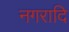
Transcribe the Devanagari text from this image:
नगरादि